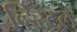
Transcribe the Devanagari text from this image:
व्हिस्टल